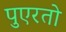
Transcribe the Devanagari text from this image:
पुएरतो